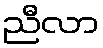
ညီလာ